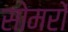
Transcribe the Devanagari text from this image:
सोमरों